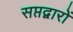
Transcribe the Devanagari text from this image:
सप्तद्वारों